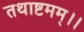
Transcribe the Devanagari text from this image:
तथाष्टमम्।।